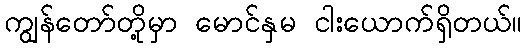
ကျွန်တော်တို့မှာ မောင်နှမ ငါးယောက်ရှိတယ်။